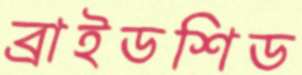
ব্রাইডশিড